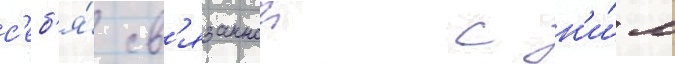
с'еб'я́ св'язаннои с н'и́м